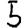
Digit: 5